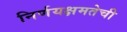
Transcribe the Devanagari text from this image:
निर्णयक्षमतेची